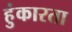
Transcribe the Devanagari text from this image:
हुंकारता